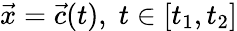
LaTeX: {\vec{x}}={\vec{c}}(t),\; t\in[t_{1},t_{2}]